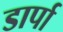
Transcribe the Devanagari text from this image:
डार्पा